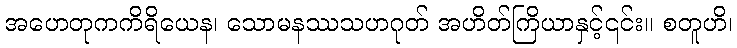
အဟေတုကကိရိယေန၊ သောမနဿသဟဂုတ် အဟိတ်ကြိယာနှင့်၎င်း။ စတူဟိ၊